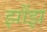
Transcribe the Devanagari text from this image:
झोंझ